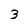
Character: 3